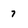
Character: 7